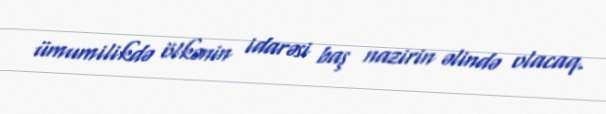
ümumilikdə ölkənin idarəsi baş nazirin əlində olacaq.